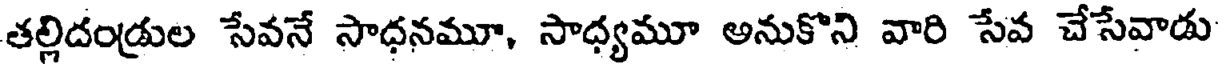
తల్లిదండ్రుల సేవనే సాధనమూ, సాధ్యమూ అనుకొని వారి సేవ చేసేవాడు